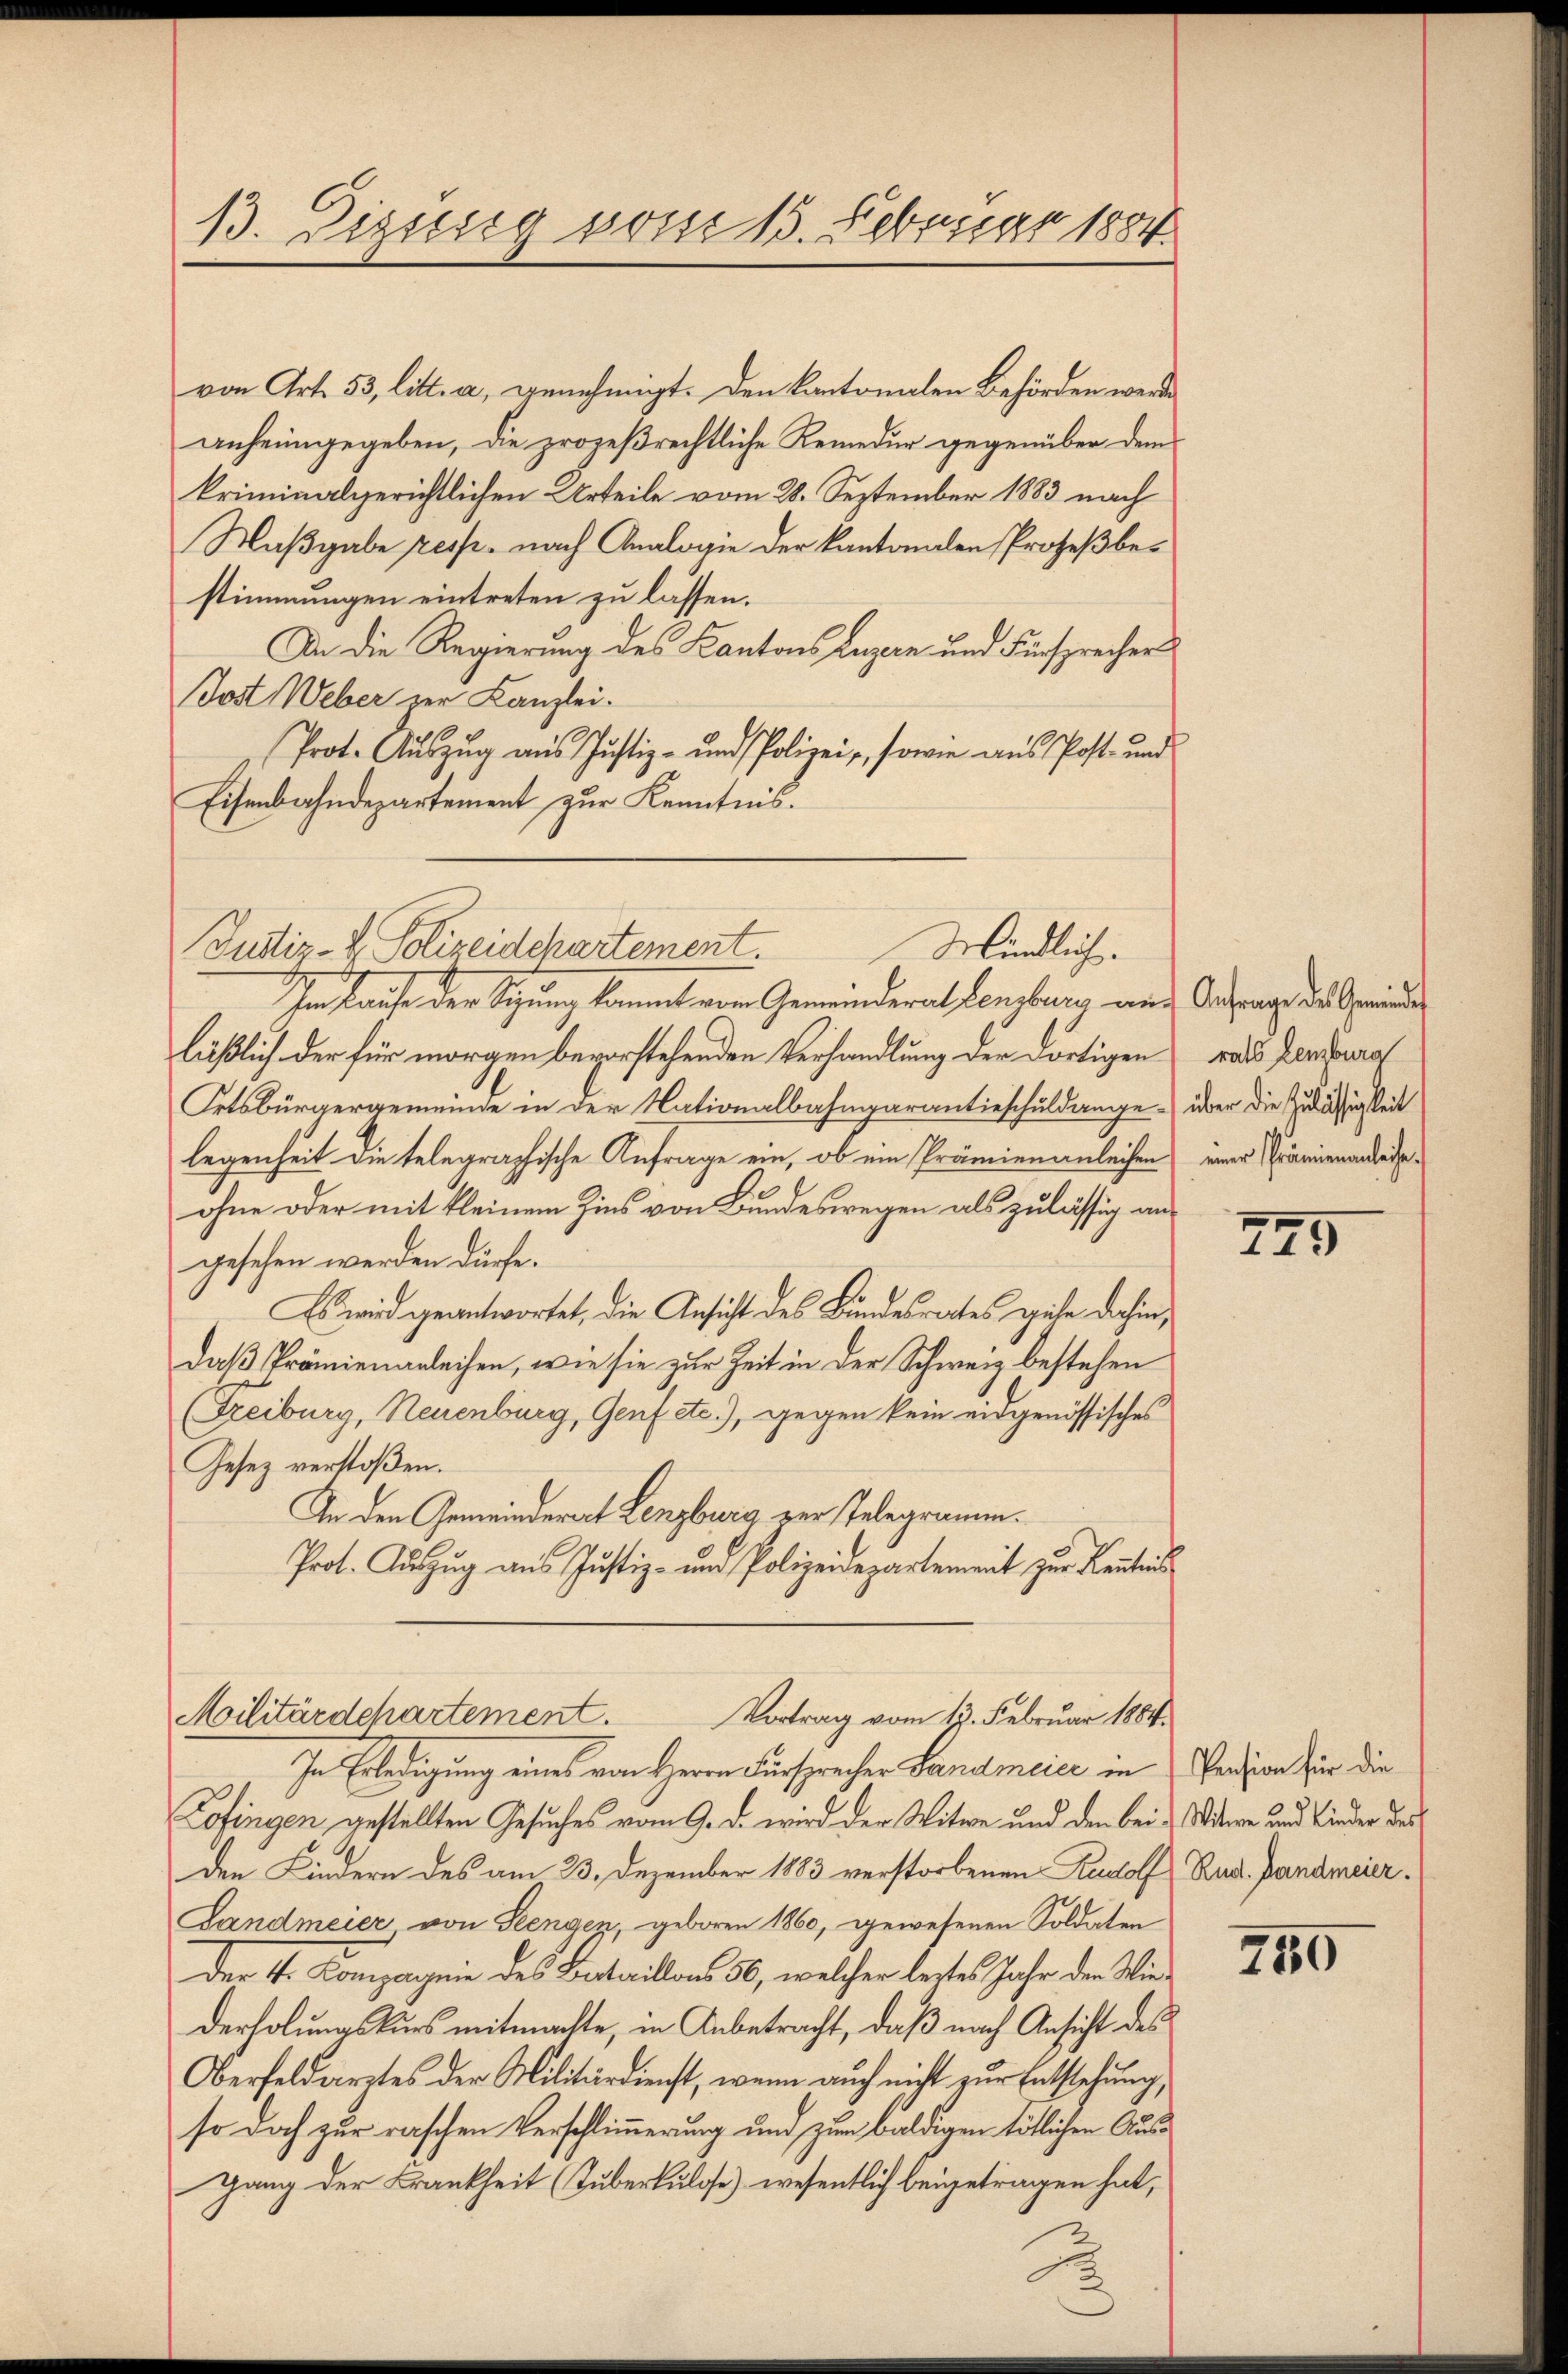
13. Dissesig vom 15. Februar 1884

von Art. 53, litt. a, genehmigt. Den Kantonalen Behörden werde
anheimgegeben, die prozeßrechtliche Remedur gegenüber dem
kriminalgerichtlichen Urteile vom 28. September 1883 nach
Maßgabe resp. nach Analogie der kantonalen Prozeßbestimmungen eintreten zu lassen.
An die Regierung des Kantons Luzern und Fürsprecher
Jost Weber zur Kanzlei.
Prot. Auszug aus Justiz- und Polizei, sowie aus Post- und
Eisenbahndepartement zur Kenntnis.
Im Laufe der Sigung kommt von Gemeinderat Lenzburg und Antrag des Gemeinde
läßlich der für morgen bevorstehenden Verhandlung der dortigen was Zensura
Ortsbürgergemeinde in der Nationalbahngarantieschuldangelegenheit die telegraphische Anfrage ein, ob ein Prämienanleihen
ohne oder mit kleinem Zins von Bundeswegen als zulässig angesehen werden dürfe.
Es wird geantwortet, die Ansicht des Bundesrathes gehe dahin,
daß Prämienanleihen, wie sie zur Zeit in der Schweiz bestehen
(Freiburg, Neuenburg, Genf etc.), gegen kein eidgenössisches
Gesetz verstoßen.
An den Gemeinderart Lenzburg zur Telegramm.
Prot. Auszug aus Justiz- und Polizeidepartement zur Kenntniss

Justiz- & Polizeidchartement.
Mindlich.

Vortrag vom 13. Februar 1884.
Militärdchartement.

In Erledigung eines von Herrn Fürsprecher Landmeier in
Cofingen gestellten Gesuches vom 9. d. wird der Witwe und den bei Witwe und Kinder des
den Kindern des am 23. Dezember 1883 verstorbenen Rudolf Rud. Bandmeier¬
Landmeier von Seengen, geboren 1860, gewesenen Soldaten
Der 4. Kompagnie des Bataillons 50, welcher lestes Jahr der Wiederholungskurs mitmachte, in Anbetracht, daß nach Ansicht des
Oberfeldarstes der Militärdienst, wenn auch nicht zur Entstehung,
so doch zur raschen Verschlimmerung und zum baldigen tötlichen Aus¬
Gang der Krankheit (Tuberkulose) wesentlich beigetragen hat,

über die Zulässigkeit
einer Prämienanleiche

749

Pension für die

250